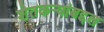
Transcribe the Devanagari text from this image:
शेतकऱ्यांबद्दल